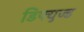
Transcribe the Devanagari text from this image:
डिफ्युज्ड